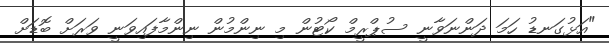
"އަޅުގަނޑު ހަމަ ދަންނަވާނީ ސުޕްރީމް ކޯޓުން މި ނިންމުން ނިންމާފައިވަނީ ވަރަށް ބޮޑަށް